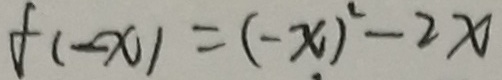
f ( - x ) = ( - x ) ^ { 2 } - 2 x